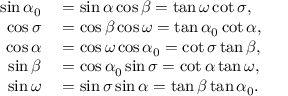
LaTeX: \begin{array} { r l } { \sin \alpha _ { 0 } } & { { } = \sin \alpha \cos \beta = \tan \omega \cot \sigma , } \\ { \cos \sigma } & { { } = \cos \beta \cos \omega = \tan \alpha _ { 0 } \cot \alpha , } \\ { \cos \alpha } & { { } = \cos \omega \cos \alpha _ { 0 } = \cot \sigma \tan \beta , } \\ { \sin \beta } & { { } = \cos \alpha _ { 0 } \sin \sigma = \cot \alpha \tan \omega , } \\ { \sin \omega } & { { } = \sin \sigma \sin \alpha = \tan \beta \tan \alpha _ { 0 } . } \end{array}